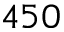
4 5 0